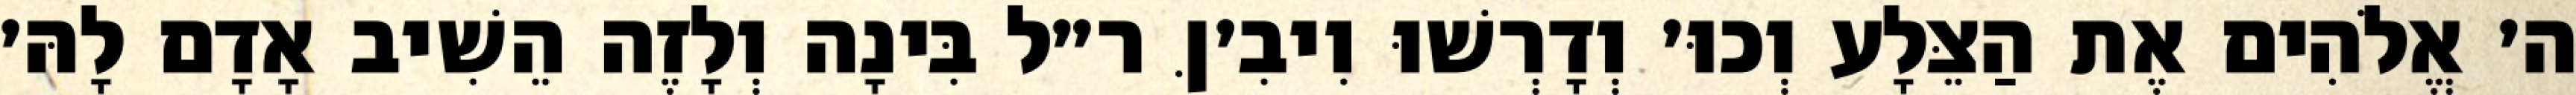
ה׳ אֱלֹהִים אֶת הַצֵּלָע וְכוּ׳ וְדָרְשׁוּ וִיבִ׳ןּ ר״ל בִּינָה וְלָזֶה הֵשִׁיב אָדָם לָהּ׳